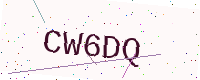
Text: CW6DQ